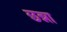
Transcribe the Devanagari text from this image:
छन्ना